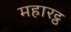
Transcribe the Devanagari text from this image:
महारट्ठ